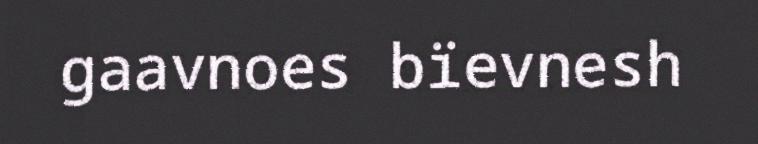
gaavnoes bïevnesh